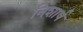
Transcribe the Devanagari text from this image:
निशार्ष